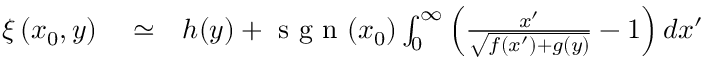
\begin{array} { r l r } { \xi \left( x _ { 0 } , y \right) } & { { } \simeq } & { h ( y ) + \mathrm { ~ s ~ g ~ n ~ } ( x _ { 0 } ) \int _ { 0 } ^ { \infty } \left( \frac { x ^ { \prime } } { \sqrt { f ( x ^ { \prime } ) + g ( y ) } } - 1 \right) d x ^ { \prime } } \end{array}